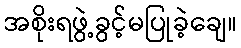
အစိုးရဖွဲ့ခွင့်မပြုခဲ့ချေ။